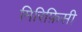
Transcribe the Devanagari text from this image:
मिरिफ़िसी